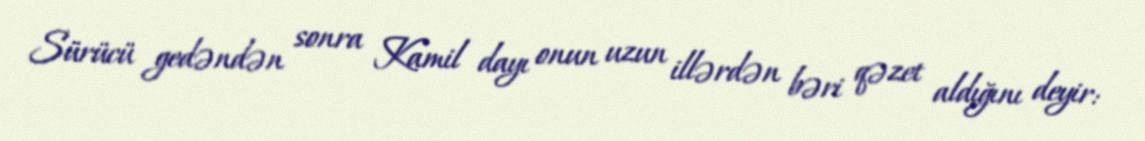
Sürücü gedəndən sonra Kamil dayı onun uzun illərdən bəri qəzet aldığını deyir: